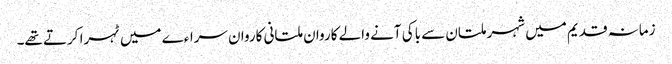
زمانہ قدیم میں شہر ملتان سے باکی آنے والے کاروان ملتانی کاروان سراءے میں ٹہرا کرتے تھے۔